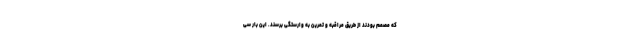
که مصمم بودند از طریق مراقبه و تمرین به وارستگی برسند. این بار سی